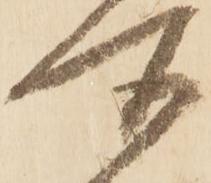
所